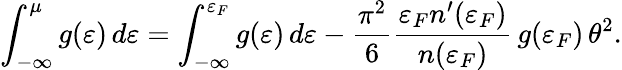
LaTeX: \int_{-\infty}^{\mu}g(\varepsilon)\, d\varepsilon=\int_{-\infty}^{\varepsilon_{F}}g(\varepsilon)\, d\varepsilon-\frac{\pi^{2}}{6}\frac{\varepsilon_{F}n^{\prime}(\varepsilon_{F})}{n(\varepsilon_{F})}\, g(\varepsilon_{F})\, \theta^{2}.